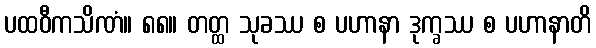
ပထဝီကသိဏံ။ ၈၈။ တတ္ထ သုခဿ စ ပဟာနာ ဒုက္ခဿ စ ပဟာနာတိ